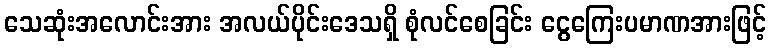
သေဆုံးအလောင်းအား အလယ်ပိုင်းဒေသရှိ စုံလင်စေခြင်း ငွေကြေးပမာဏအားဖြင့်